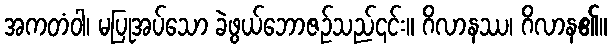
အကတံဝါ၊ မပြုအပ်သော ခဲဖွယ်ဘောဇဉ်သည်၎င်း။ ဂိလာနဿ၊ ဂိလာန၏။